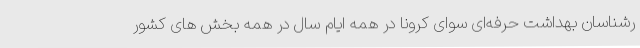
رشناسان بهداشت حرفه‌ای سوای کرونا در همه ایام سال در همه بخش های کشور